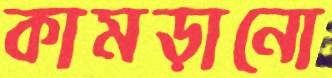
কামড়ানো